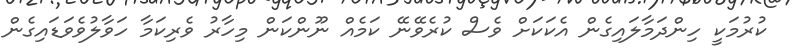
ކުރުމަކީ ހިންދަމާލައިގެން އެކަކަށް ވެސް ކުރެވޭނޭ ކަމެއް ނޫންކަން މިހާރު ވެރިކަމާ ހަވާލުވެވަޑައިގެން